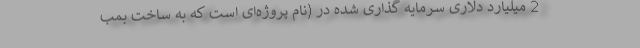
2 میلیارد دلاری سرمایه گذاری شده در (نام پروژه‌ای است که به ساخت بمب